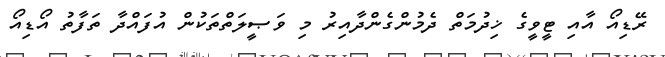
ރޭޑިއޯ އާއި ޓީވީގެ ޚިދުމަތް ދެމުންގެންދާއިރު މި ވަޞީލަތްތަކުން އުފައްދާ ތަފާތު އޯޑިއޯ